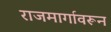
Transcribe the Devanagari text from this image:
राजमार्गावरून